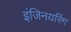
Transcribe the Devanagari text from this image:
इंजिनयरिंग